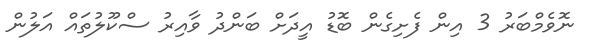
ނޮވެމްބަރު 3 އިން ފެށިގެން ބޮޑު އީދަށް ބަންދު ވާއިރު ސްކޫލުތައް އަލުން